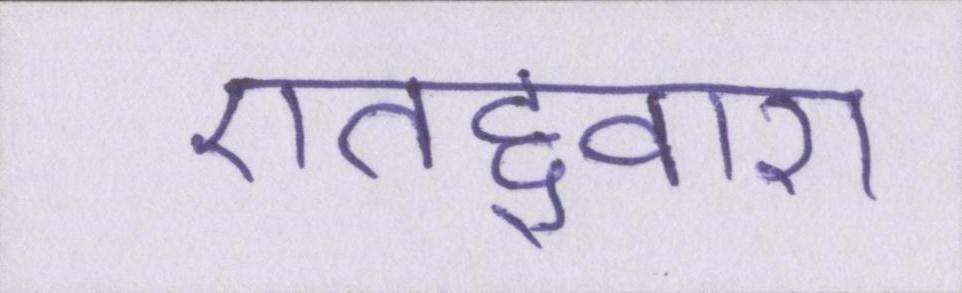
एतद्द्वारा